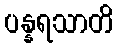
ပန္နရသာတိ